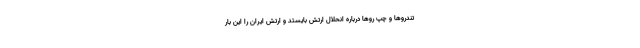
تندروها و چپ روها درباره انحلال ارتش بایستد و ارتش ایران را این بار